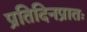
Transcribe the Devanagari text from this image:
प्रतिदिनप्रातः